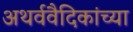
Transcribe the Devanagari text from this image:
अथर्ववैदिकांच्या